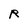
Character: R